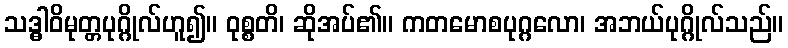
သဒ္ဓါဝိမုတ္တပုဂ္ဂိုလ်ဟူ၍။ ဝုစ္စတိ၊ ဆိုအပ်၏။ ကတမောစပုဂ္ဂလော၊ အဘယ်ပုဂ္ဂိုလ်သည်။